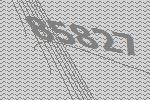
85827